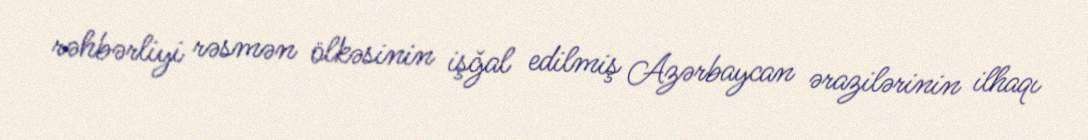
rəhbərliyi rəsmən ölkəsinin işğal edilmiş Azərbaycan ərazilərinin ilhaqı